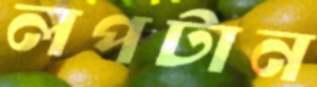
লপটান